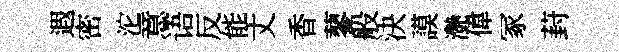
遐密沱意语反能丈香蓼般決謨灔偉冢葑